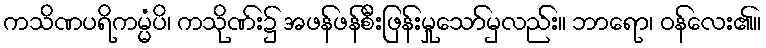
ကသိဏပရိကမ္မံပိ၊ ကသိုဏ်း၌ အဖန်ဖန်စီးဖြန်းမှုသော်မှလည်း။ ဘာရော၊ ဝန်လေး၏။